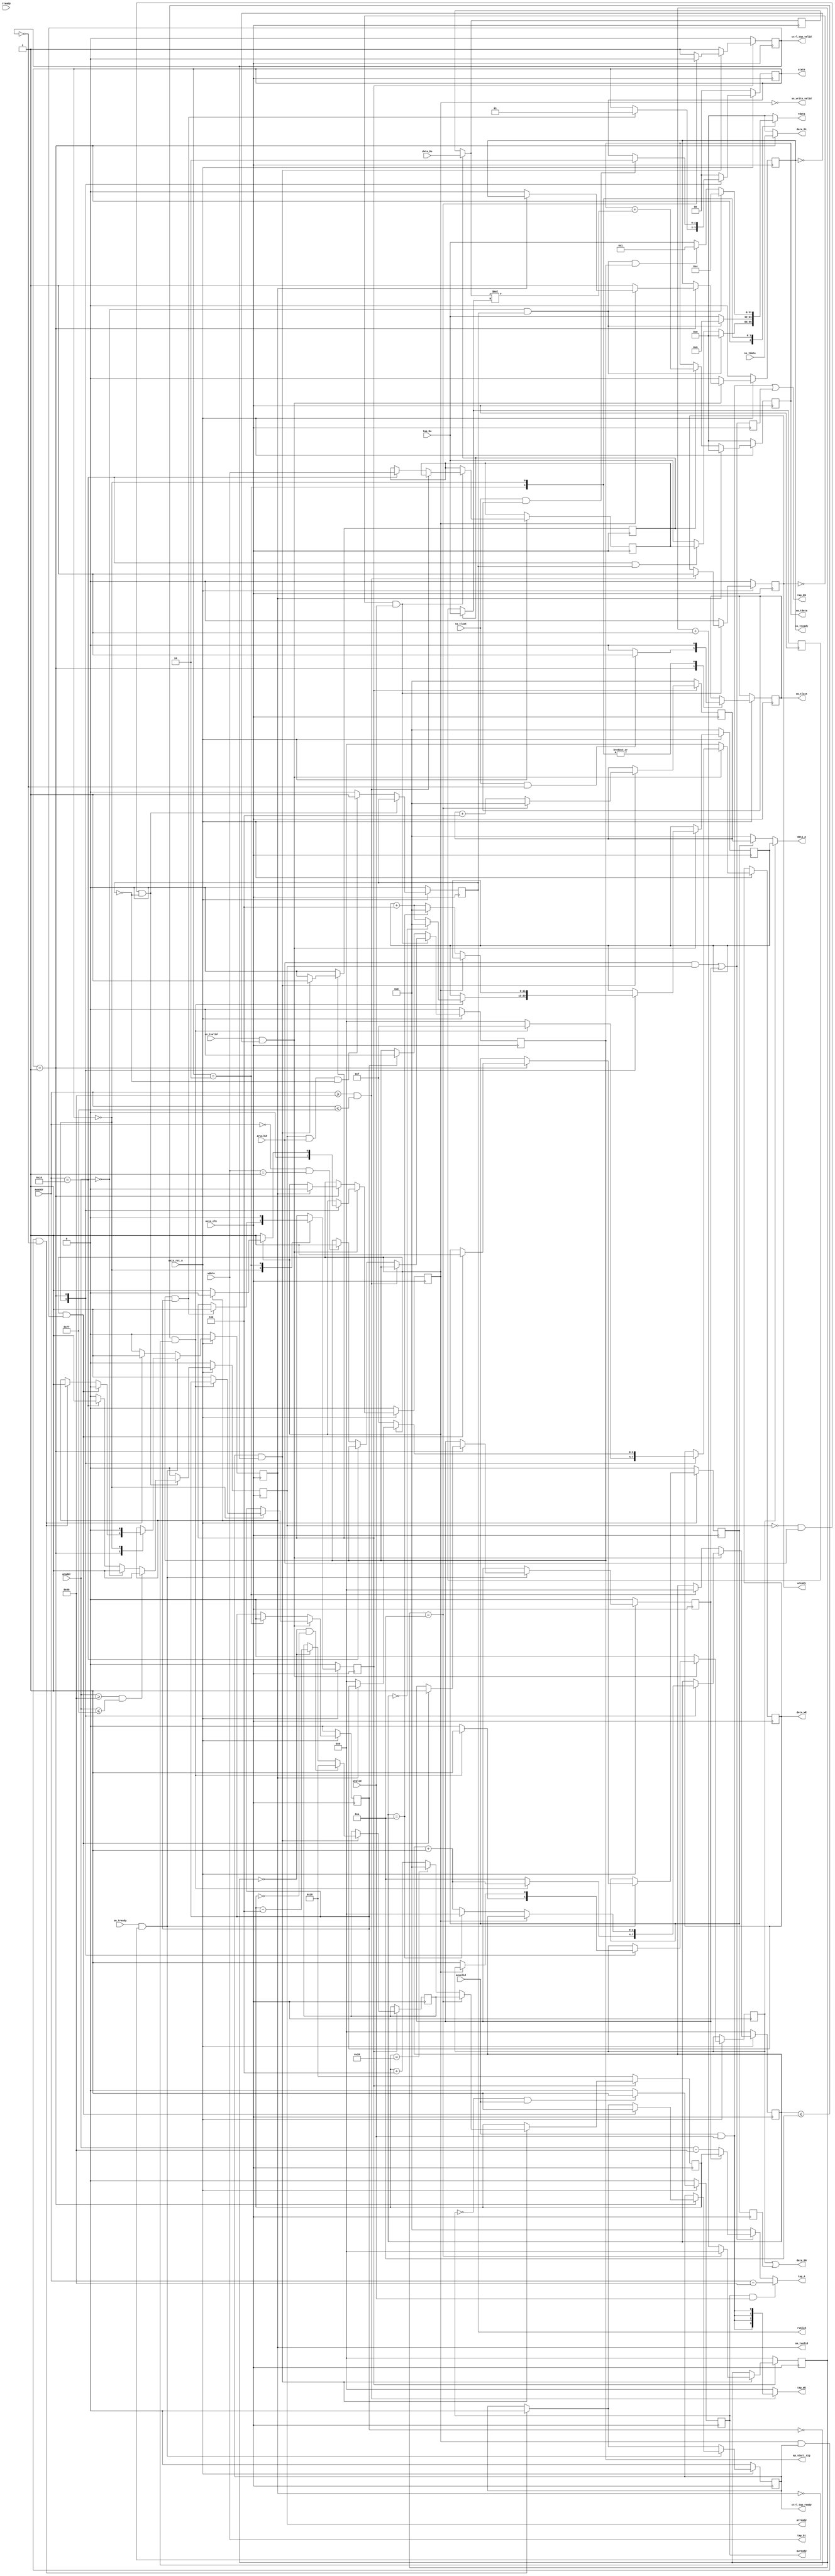
module fir
       #(  parameter pADDR_WIDTH = 12,
           parameter pDATA_WIDTH = 32,
           parameter Tape_Num    = 11
        )
       (
           output  wire                     awready,
           output  wire                     wready,
           input   wire                     awvalid,
           input   wire [(pADDR_WIDTH-1):0] awaddr,
           input   wire                     wvalid,
           input   wire [(pDATA_WIDTH-1):0] wdata,
           output  wire                     arready,
           input   wire                     rready,
           input   wire                     arvalid,
           input   wire [(pADDR_WIDTH-1):0] araddr,
           output  wire                     rvalid,
           output  wire [(pDATA_WIDTH-1):0] rdata,
           input   wire                     ss_tvalid,
           input   wire [(pDATA_WIDTH-1):0] ss_tdata,
           input   wire                     ss_tlast,
           output  wire                     ss_tready,
           input   wire                     sm_tready,
           output  wire                     sm_tvalid,
           output  wire [(pDATA_WIDTH-1):0] sm_tdata,
           output  wire                     sm_tlast,

           // bram for tap RAM
           output  wire           [3:0]     tap_WE,
           output  wire                     tap_EN,
           output  wire [(pDATA_WIDTH-1):0] tap_Di,
           output  wire [(pADDR_WIDTH-1):0] tap_A,
           input   wire [(pDATA_WIDTH-1):0] tap_Do,

           // bram for data RAM
           output  wire            [3:0]    data_WE,
           output  wire                     data_EN,
           output  wire [(pDATA_WIDTH-1):0] data_Di,
           output  wire [(pADDR_WIDTH-1):0] data_A,
           input   wire [(pDATA_WIDTH-1):0] data_Do,

           input   wire                     axis_clk,
           input   wire                     axis_rst_n,
           output  reg      [1:0]           state,
           output  wire                     ss_write_valid,
           output  reg                      ap_start_sig,
           output  wire                     ctrl_tap_valid,
           output  wire                     ctrl_tap_ready        

       );
// write your code here!

// state declare
parameter ap_idle = 0;
parameter ap_start = 1;
parameter ap_done = 2;

//reg [1:0] state;

// AXIS_Stream write declare
reg     ss_tready_reg;
reg     ss_finish_reg;
wire    ss_finish;
reg     data_EN_sw_reg;
reg     data_EN_sr_reg;
reg     data_EN_r_d;
wire    stream_prepared;
//reg     ap_start_sig;

reg [pADDR_WIDTH-1:0] data_WA_reg;
reg [3:0]             data_WE_reg;
wire[pADDR_WIDTH-1:0] data_WA;

assign data_WE = data_WE_reg ;
assign ss_tready = ss_tready_reg;

assign data_WA = data_WA_reg;
assign data_Di = (state == ap_start) ? ss_tdata : 0;

//wire                   ss_write_valid;
wire [3:0]             ss_count;
reg [3:0]              ss_count_reg;
assign ss_count = ss_count_reg;

reg stream_prepared_reg;
assign stream_prepared = stream_prepared_reg;

reg     ss_read_valid_reg;
wire    ss_read_valid;
assign  ss_read_valid = ss_read_valid_reg;

assign  ss_finish = ss_finish_reg;

reg [pADDR_WIDTH-1:0] data_RA_reg;
wire [pADDR_WIDTH-1:0] data_RA;
assign data_RA = ctrl_data_addr;
assign data_EN = data_EN_sw_reg | data_EN_r_d;

always@(posedge axis_clk)
begin
    data_EN_r_d <= data_EN_sr_reg;
end

assign data_A =(data_EN_sw_reg) ? data_WA :
       (data_EN_sr_reg) ? data_RA : 0;

reg sm_tvalid_reg;
assign sm_tvalid = sm_tvalid_reg;

reg  [pDATA_WIDTH-1:0]  sm_tdata_reg;
assign  sm_tdata = sm_tdata_reg;
reg     sm_tlast_reg;
assign  sm_tlast = sm_tlast_reg;
assign ss_write_valid = ~ ss_read_valid;

reg ctrl_tap_ready_reg;
reg ctrl_rst_n;
reg tap_EN_r_d;
reg tap_EN_sr_reg;
//wire ctrl_tap_ready;
//wire ctrl_tap_valid;
wire ffen;
wire sel;

wire [pADDR_WIDTH-1:0]       tap_RA_sr;
wire [pADDR_WIDTH-1:0]       tap_RA_lr;

wire [pADDR_WIDTH-1:0]      ctrl_tap_addr;
wire [pADDR_WIDTH-1:0]      ctrl_data_addr;

assign tap_RA_lr = (araddr-12'h40);
assign tap_RA_sr = ctrl_tap_addr;

// state
always @( posedge axis_clk )
begin
    if ( !axis_rst_n )
    begin
        state <= ap_idle;
        ctrl_rst_n <= 0;
    end
    else
    begin
        case(state)
            ap_idle:
            begin
                if(ap_start_sig && stream_prepared)
                begin
                    state <= ap_start;
                    ctrl_rst_n <= 1;
                end                    
                sm_tlast_reg <= 0;
            end

            ap_start:
            begin
                if(ss_tlast && sm_tlast)
                    state <= ap_done;

                if(ss_tlast  && !ctrl_tap_valid)
                    sm_tlast_reg <= 1;
                else
                    sm_tlast_reg <= 0;
            end
            
            ap_done:
            begin
            	state <= ap_idle;
            	sm_tlast_reg <= 0;       	   
                ctrl_rst_n <= 0;         
            end
            
            default: 
           	    state <= ap_idle;
            
        endcase
    end
end

// AXIS_Stream write

always @( posedge axis_clk )
begin
    if ( !axis_rst_n )
    begin
        ss_tready_reg <= 0;
        ss_count_reg <= 0;
        ss_read_valid_reg <= 0;

        data_WA_reg <= 0;
        stream_prepared_reg <= 0;
    
    end
    else
    begin
        if (ss_tvalid && !ss_tready)
        begin
            case(state)
                ap_idle:
                begin
                    ss_read_valid_reg <= 0;

                    if((ss_count <= Tape_Num - 1) && !stream_prepared)
                    begin
                        data_WE_reg <= 4'b1111;
                        data_EN_sw_reg <= 1;

                        data_WA_reg <= (ss_count == 0) ? 0:data_WA_reg + 4;
                        ss_count_reg <= ss_count_reg + 1;

                    end
                    else
                    begin
                        stream_prepared_reg <= 1;
                        ss_count_reg <= 4'd10;

                        data_EN_sw_reg <= 0;
                        data_WE_reg <= 0;
                    end
                end

                ap_start:
                begin
                    if(ss_write_valid)
                    begin                        
                        data_WE_reg <= 4'b1111;
                        data_EN_sw_reg <= 1;
                        data_WA_reg <= (ss_count == 4'd10) ? 0 :data_WA_reg + 4;
                        ss_count_reg <=(ss_count == 4'd10) ? 0 :ss_count_reg + 1;
                        ss_read_valid_reg <= 1;
                        ss_tready_reg <= 1;

                    end
                    else if (sm_tvalid)
                        ss_read_valid_reg <= 0;
                    else
                    begin
                        data_WE_reg <= 0;
                        ss_tready_reg <= 0;

                    end
                end
            endcase
        end
        else
        begin
            data_WE_reg <= 4'b0;
            data_EN_sw_reg <= 1'b0;
            ss_tready_reg <= 1'b0;
            
            case (state)
            	ap_start:
            	begin
            		if(sm_tvalid)
            		    ss_read_valid_reg <= 1'b0;
            	end
          
          	    ap_done: 
          	    begin
                    stream_prepared_reg <= 0;
                    ss_count_reg <= 0;                   
                end
	        endcase
        end
    end
end

always @( posedge axis_clk )
begin
    if ( !axis_rst_n )
    begin
        sm_tvalid_reg <= 0;
        ctrl_tap_ready_reg <= 0;
        data_EN_sr_reg <= 0;
        tap_EN_sr_reg <= 0;
    end
    else
    begin
        if (sm_tready && !sm_tvalid)
        begin
            case(state)

                ap_start:
                begin
                    if(ss_read_valid && ctrl_tap_valid)
                    begin                        
                        data_EN_sr_reg <= 1;
                        tap_EN_sr_reg <= 1;
			            sm_tvalid_reg <= 0;
			 
                        ctrl_tap_ready_reg <= 1;
                    end
                    else if (ss_read_valid && ctrl_tap_ready && !ctrl_tap_valid)
                    begin
                        sm_tvalid_reg <= 1;
                        ctrl_tap_ready_reg <= 0 ;

                    end
                end
                
                ap_idle: 
                begin
                    sm_tvalid_reg <= 0;
                end
                    
            endcase
        end
        else
        begin
            if (ss_read_valid && ctrl_tap_ready && !ctrl_tap_valid ) begin
                        sm_tvalid_reg <= 1'b1;
                        ctrl_tap_ready_reg <= 1'b0 ;
                end
            	else sm_tvalid_reg <= 1'b0;
        end
    end
end

//caculate fir declare
wire  [pDATA_WIDTH-1:0]       o_ram_data;
wire  [pDATA_WIDTH-1:0]       o_coef_data;
reg   [pDATA_WIDTH-1:0]       old_ram_data_reg;
reg   [pDATA_WIDTH-1:0]       old_coef_data_reg;
wire  [pDATA_WIDTH-1:0]       old_ram_data;
wire  [pDATA_WIDTH-1:0]       old_coef_data;
wire  [pDATA_WIDTH-1:0]       new_ram_data;
wire  [pDATA_WIDTH-1:0]       new_coef_data;
wire  [3:0]                   ctrl_count;


assign old_ram_data = old_ram_data_reg;
assign old_coef_data = old_coef_data_reg;

assign new_coef_data = tap_Do;
assign new_ram_data = data_Do;

assign ctrl_tap_ready = ctrl_tap_ready_reg;
assign o_ram_data = sel ?  old_ram_data : new_ram_data;
assign o_coef_data = sel ?  old_coef_data : new_coef_data;

//caculate fir

always@(posedge axis_clk)
begin

    if(!axis_rst_n)
        sm_tdata_reg <= 0;
    else if(sm_tvalid)
        sm_tdata_reg <= 0;
    else if(ffen)
        sm_tdata_reg <= sm_tdata_reg +(o_ram_data*o_coef_data);
end

always@(posedge axis_clk)
begin
    if(ffen)
    begin
        old_ram_data_reg <= new_ram_data;
        old_coef_data_reg <= new_coef_data;
    end
end

// ctrl_tapRAM
wire en;
reg o_valid_reg, ffen_r;
reg [pADDR_WIDTH-1:0] o_data_addr_reg;
reg [pADDR_WIDTH-1:0] o_tap_addr_reg;


assign ctrl_tap_valid = o_valid_reg;
assign ctrl_data_addr = o_data_addr_reg;
assign ctrl_tap_addr = o_tap_addr_reg;
assign ffen = ffen_r;
assign sel = ~ffen ;
assign en = ctrl_tap_ready & ctrl_tap_valid;

reg[3:0] count_reg;
assign ctrl_count = count_reg;

reg [pADDR_WIDTH-1:0]tap_last_addr_reg;

always@(posedge axis_clk)   // axis_clk
begin
    if (!ctrl_rst_n)  //!axis_rst_n
    begin
        o_data_addr_reg <= 0;
        o_tap_addr_reg <= 12'd40;
        ffen_r  <= 0;
        o_valid_reg <= 0;
        count_reg <= 0;
    end
    else if(en)
    begin
        o_valid_reg <= (ctrl_count == 4'd10) ? 0 : 1;

        o_data_addr_reg <= (ctrl_count == 4'd10)? 0:o_data_addr_reg + 4;

        o_tap_addr_reg <= (ctrl_count == 4'd10) ? tap_last_addr_reg :
                     (ctrl_tap_addr == 12'd40) ? 0 : ctrl_tap_addr + 4;

        tap_last_addr_reg <= (ctrl_count == 0 && ctrl_tap_addr == 0) ? 12'd40 :
                        (ctrl_count == 0) ? ctrl_tap_addr - 4 : tap_last_addr_reg;

        count_reg <= (ctrl_count == 4'd10) ? 0 :ctrl_count + 1;

        ffen_r  <= 1;
    end
    else
    begin
        o_valid_reg <= 1;
        ffen_r  <= 0;
    end
end

// Lite write declare
reg wready_reg;
reg awready_reg;

reg [pADDR_WIDTH-1:0]       tap_WA_reg;
reg [pDATA_WIDTH-1:0]       tap_Di_reg;
wire [pADDR_WIDTH-1:0]      tap_WA;
reg [pDATA_WIDTH-1:0]       data_length;

assign awready = awready_reg;
assign wready = wready_reg;
assign tap_WE = (awaddr>=12'h40 && awaddr<=12'h7f)?{4{awvalid & wvalid}}:0;

assign tap_WA = (awaddr-12'h40);
assign tap_Di = wdata;

// Lite write
always @( posedge axis_clk )
begin
    if ( !axis_rst_n )
    begin
        awready_reg <= 0;
        wready_reg <= 0;
        ap_start_sig <= 0;
    end
    else
    begin
        if (!awready && awvalid)
        begin
            awready_reg <= 1'b1;
            
            if(awaddr>=12'h40 && awaddr<=12'h7f)
            begin
                awready_reg <= 1;                
            end
            else if (awaddr==0 && wdata==1)
                awready_reg <= 1'b1;
        end
        else
        begin
            awready_reg <= 0;
        end

        if (!wready && wvalid)
        begin
            
            if(awaddr>=12'h40 && awaddr<=12'h7f)
            begin
                 
                wready_reg <= 1'b1;
            end
            else if (awaddr==12'h10)
                data_length <= wdata;
            else if(awaddr==0 && wdata==1)
                ap_start_sig <= 1'b1;

        end
        else
        begin
            wready_reg <= 0;

            if(stream_prepared)
                ap_start_sig <= 0;
        end

    end
end

// Lite read declare
reg arready_reg;
reg rvalid_reg;

reg [pDATA_WIDTH-1:0]       rdata_reg;
wire [pADDR_WIDTH-1:0]      tap_RA;

assign arready = arready_reg;
assign rvalid = rvalid_reg;
assign rdata = rdata_reg ;

assign tap_RA = (tap_EN_sr_reg) ? tap_RA_sr : tap_RA_lr;
assign tap_EN = {awvalid & wvalid} | tap_EN_r_d ;

always @( posedge axis_clk )
begin
    tap_EN_r_d <= {arvalid & arready} | tap_EN_sr_reg;
end

assign tap_A = ({awready & wvalid}) ? tap_WA :
       ({arvalid & arready} | tap_EN_sr_reg) ? tap_RA : 0;


// Lite read

always@(*)
begin
    case(state)

        ap_start:
        begin
            if(araddr==0 && rvalid)
                rdata_reg =32'h00;
            else if(awaddr==12'h10 && rvalid)
                rdata_reg = data_length;
            else
                rdata_reg = tap_Do;
        end

        ap_done:
        begin
            if(araddr==0 && rvalid)
                rdata_reg =32'h06;
            else
                rdata_reg = tap_Do;
        end

        ap_idle:
        begin
            if(araddr==0 && rvalid)
                rdata_reg =32'h04;
            else if(araddr==0 && rvalid && ap_start_sig)
                rdata_reg =32'h01;
            else
                rdata_reg = tap_Do;
        end

        default:
            rdata_reg = 0;
    endcase
end

always @( posedge axis_clk )
begin
    if ( !axis_rst_n )
    begin
        arready_reg <= 1'b0;
        rvalid_reg <= 1'b0;
    end
    else
    begin
        if(!arready && arvalid && !rvalid)
        begin
            if(araddr>=12'h40 && araddr<=12'h7f)
            begin
                arready_reg <= 1'b1;                
            end
            else if(araddr==12'h0)
            begin
                arready_reg <= 1'b1;
            end
            else if (awaddr==12'h10)
                arready_reg <= 1'b1;
            else
                arready_reg <= 1'b0;

        end
        else if(arready && arvalid && !rvalid)
        begin
            arready_reg <= 1'b0;
            rvalid_reg <= 1'b1;
        end
        else
        begin
            arready_reg <= 1'b0;
            rvalid_reg <= 1'b0;
        end
    end
end
endmodule